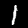
Digit: 1